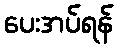
ပေးအပ်ရန်